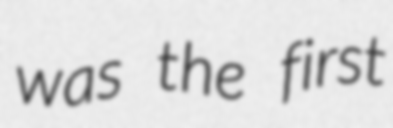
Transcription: was the first